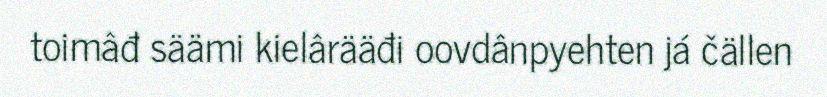
toimâđ säämi kielârääđi oovdânpyehten já čällen